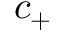
c _ { + }